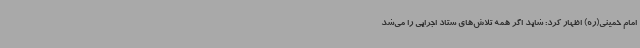
امام خمینی(ره) اظهار کرد: شاید اگر همه تلاش‌های ستاد اجرایی را می‌شد